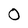
Character: 0